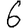
Digit: 6